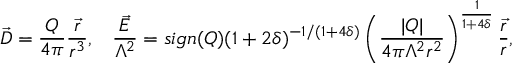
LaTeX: \vec { D } = \frac { Q } { 4 \pi } \frac { \vec { r } } { r ^ { 3 } } , \; \; \; \frac { \vec { E } } { \Lambda ^ { 2 } } = s i g n ( Q ) ( 1 + 2 \delta ) ^ { - 1 / ( 1 + 4 \delta ) } \left( \frac { | Q | } { 4 \pi \Lambda ^ { 2 } r ^ { 2 } } \right) ^ { \frac { 1 } { 1 + 4 \delta } } \frac { \vec { r } } { r } ,